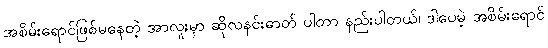
အစိမ်းရောင်ဖြစ်မနေတဲ့ အာလူးမှာ ဆိုလနင်းဓာတ် ပါတာ နည်းပါတယ်၊ ဒါပေမဲ့ အစိမ်းရောင်